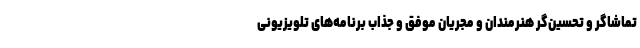
تماشاگر و تحسین‌گر هنرمندان و مجریان موفق و جذاب برنامه‌های تلویزیونی